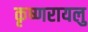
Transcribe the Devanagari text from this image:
कृष्णरायलु